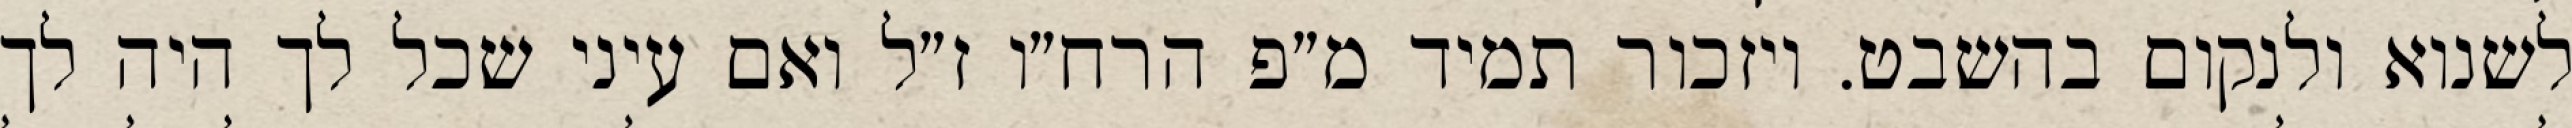
לשנוא ולנקום בהשבט. ויזכור תמיד מ״פ הרח״ו ז״ל ואם עיני שכל לך היה לך